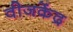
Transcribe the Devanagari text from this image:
वीजकेंद्र